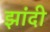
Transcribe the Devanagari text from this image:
झांदी